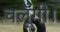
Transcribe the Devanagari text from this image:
चलूँगी।